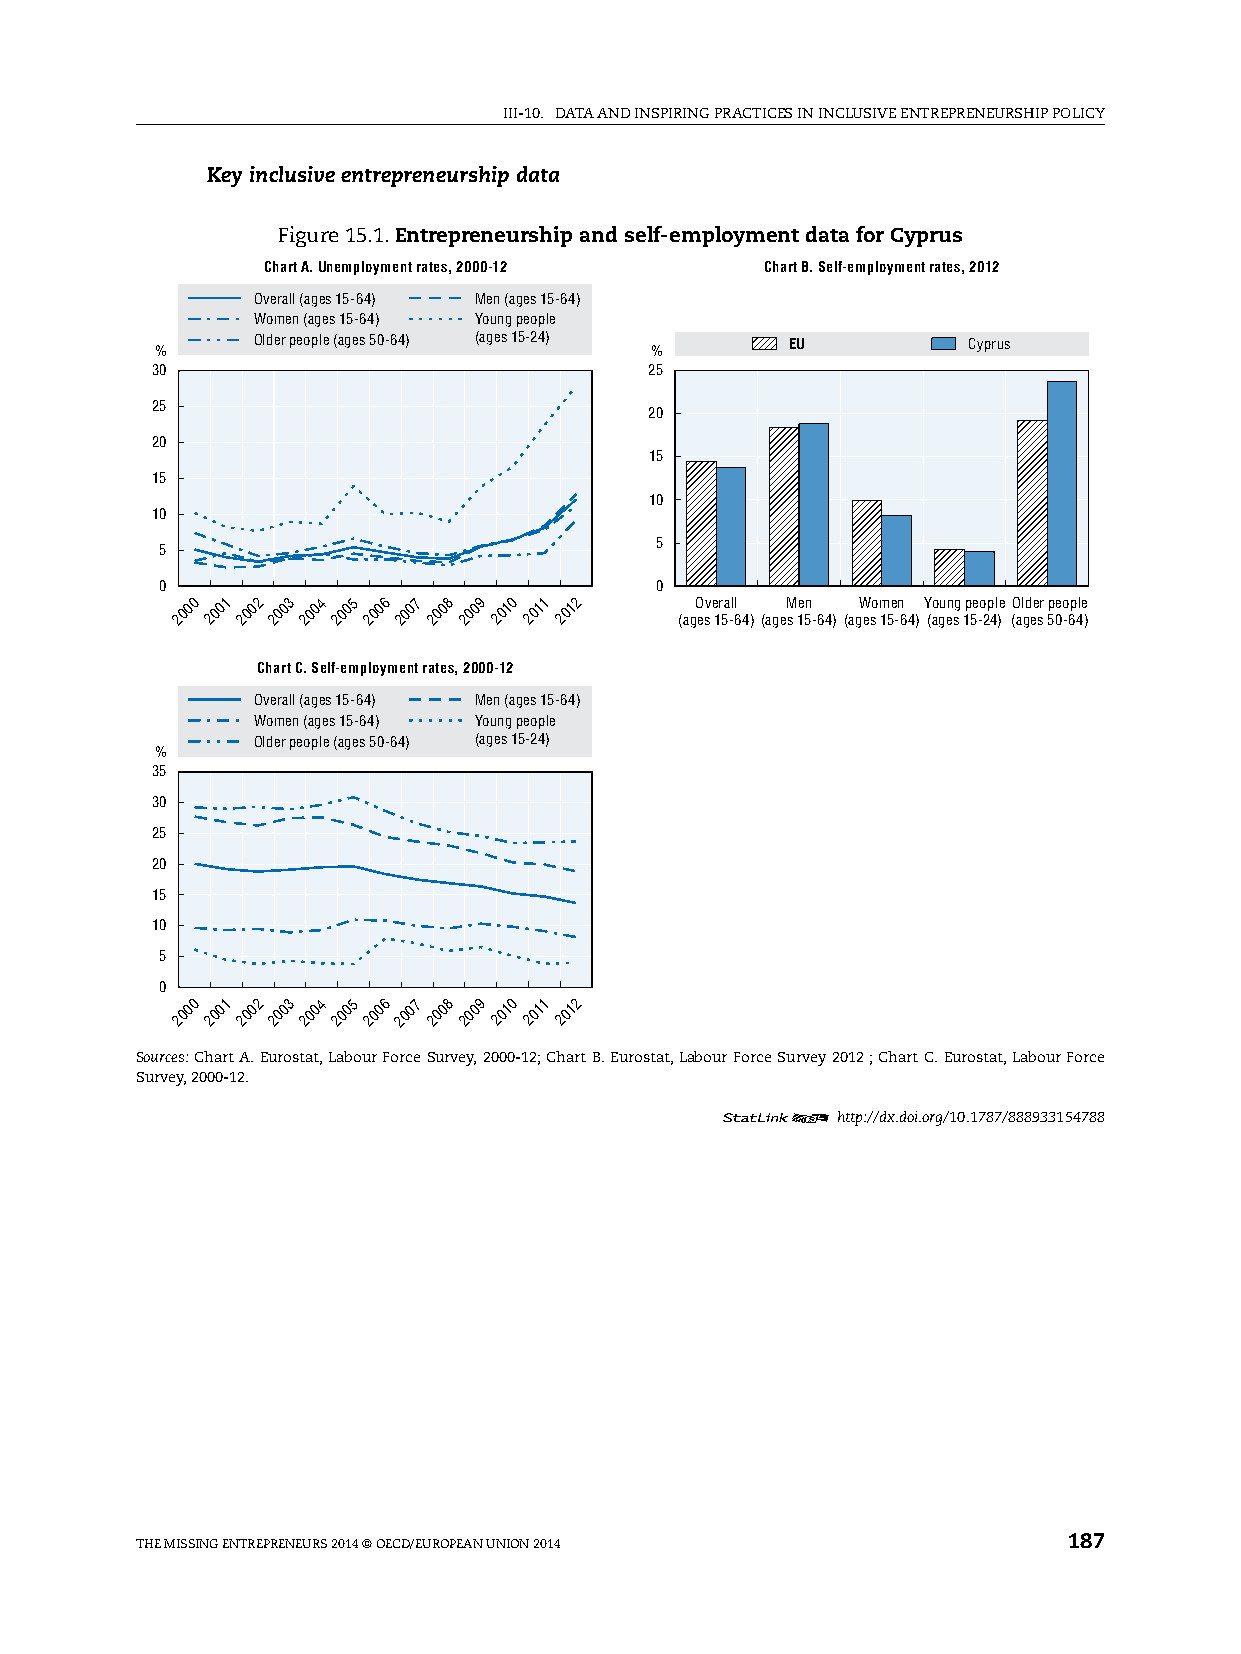
iii-10. DATA AnD inspiring prACTiCes in inClusive enTrepreneurship pOliCy
 Key inclusive entrepreneurship data
 Figure 15.1. Entrepreneurship and self-employment data for Cyprus
 Chart A. Unemployment rates, 2000-12 Chart B. Self-employment rates, 2012
 Overall (ages 15-64) Men (ages 15-64)
 Women (ages 15-64) Young people
 Older people (ages 50-64) (ages 15-24) EU      Cyprus
 %                                %
 30                               25
 25
 20
 20
 15
 15
 10
 10
 5
 5
 0                               0
 2000 2001 2002 2003 2004 2005 2006 2007 2008 2009 2010 2011 2012 (agO esv e 1r 5a -ll 64)(ageM
 s
 1e 5n
 -64)
 (agW eso m 15e -n 64)Y (ao gu en sg 1p 5e -o 2p 4l )e (O al gd ee sr 5p 0eo -6p 4le
 )
 Chart C. Self-employment rates, 2000-12
 Overall (ages 15-64) Men (ages 15-64)
 Women (ages 15-64) Young people
 Older people (ages 50-64) (ages 15-24)
 %
 35
 30
 25
 20
 15
 10
 5
 0
 2000 2001 2002 2003 2004 2005 2006 2007 2008 2009 2010 2011 2012
 Sources: Chart A. eurostat, labour Force survey, 2000-12; Chart B. eurostat, labour Force survey 2012 ; Chart C. eurostat, labour Force
 survey, 2000-12.
 12     http://dx.doi.org/10.1787/888933154788
 The Missing enTrepreneurs 2014 © OeCD/eurOpeAn uniOn 2014     187